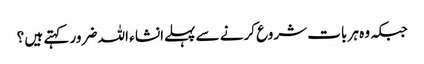
جبکہ وہ ہر بات شروع کرنے سے پہلےانشا ء اللہ ضرور کہتے ہیں ؟